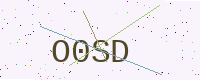
Text: O0SD